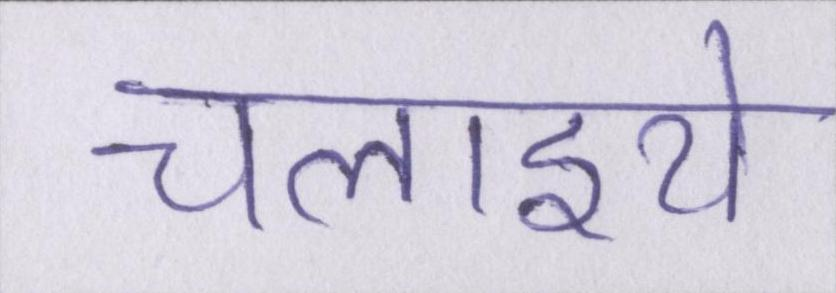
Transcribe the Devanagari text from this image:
चलाइये